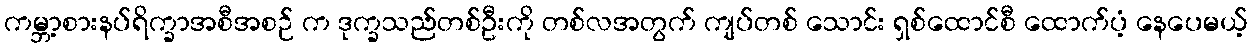
ကမ္ဘာ့စားနပ်ရိက္ခာအစီအစဉ် က ဒုက္ခသည်တစ်ဦးကို တစ်လအတွက် ကျပ်တစ် သောင်း ရှစ်ထောင်စီ ထောက်ပံ့ နေပေမယ့်